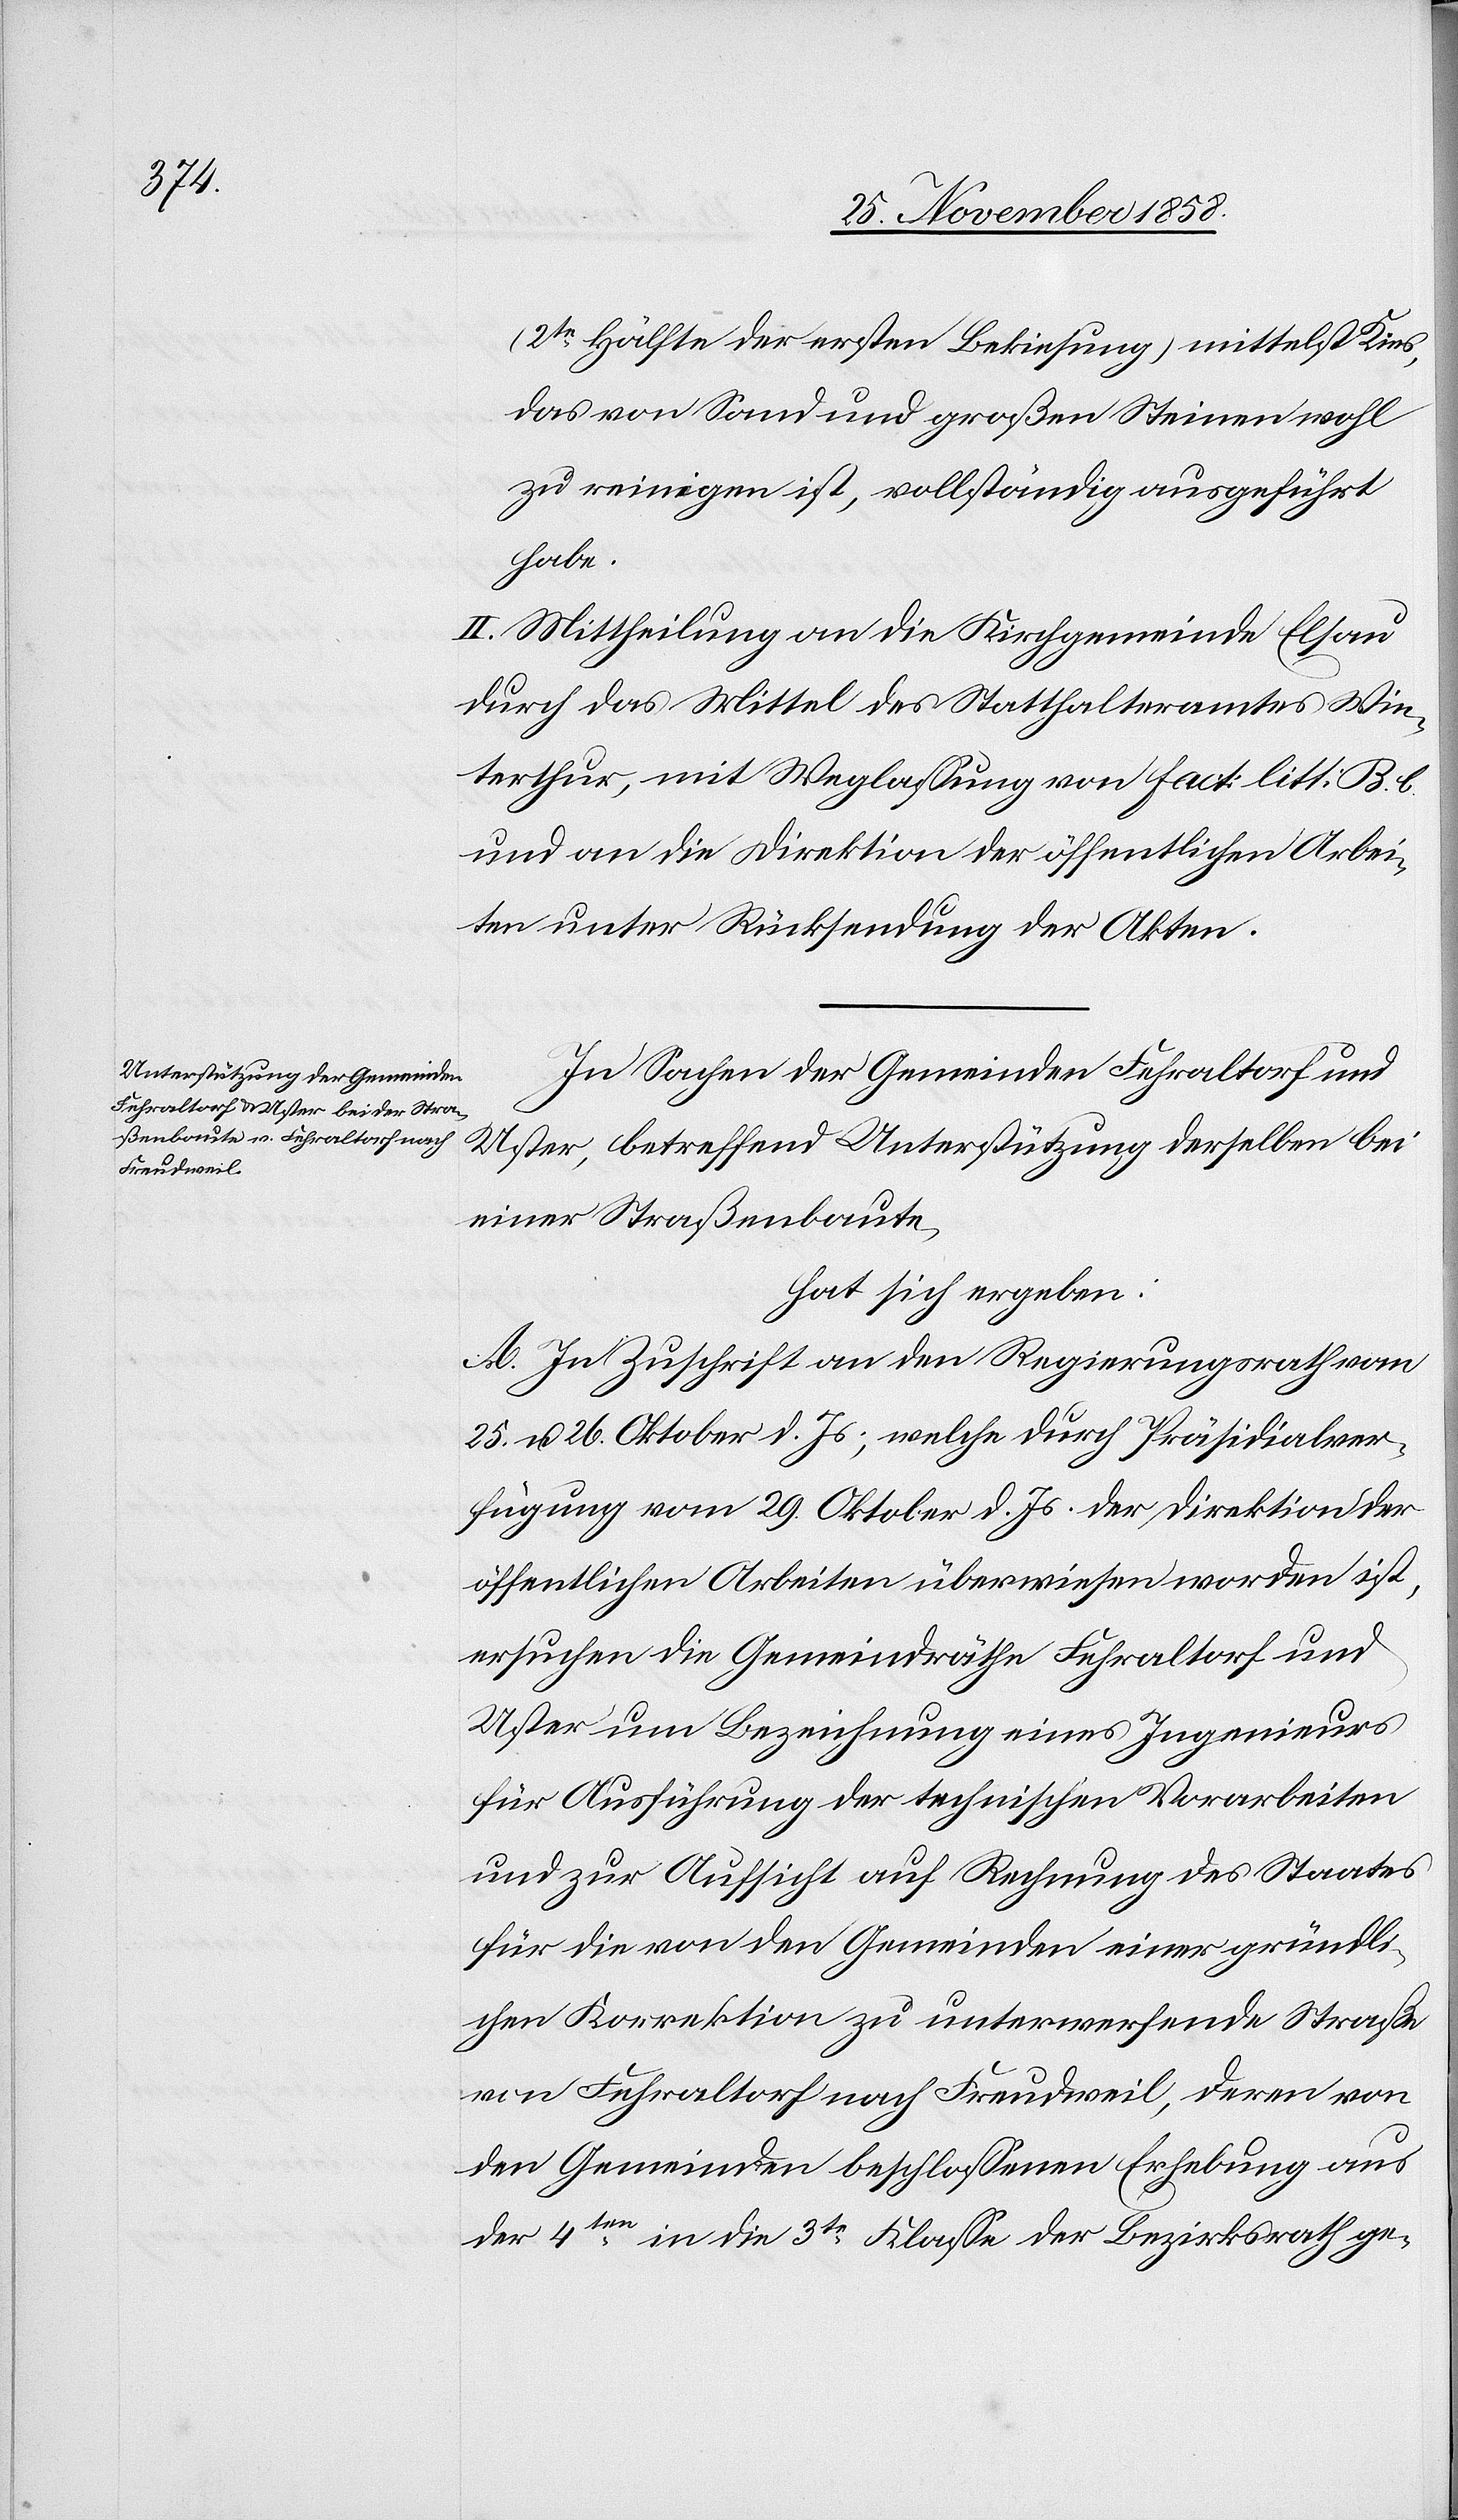
(2te Hälfte der ersten Bekiesung) mittelst Kies,
das von Sand und großen Steinen wohl
zu reinigen ist, vollständig ausgeführt
habe.
II. Mittheilung an die Kirchgemeinde Elsau
durch das Mittel des Statthalteramtes Win¬
terthur, mit Weglassung von Fact: litt: B. b.
und an die Direktion der öffentlichen Arbei¬
ten unter Rücksendung der Akten.
In Sachen der Gemeinden Fehraltorf und
Uster, betreffend Unterstützung derselben bei
einer Straßenbaute,
hat sich ergeben:
A. In Zuschrift an den Regierungsrath vom
25. u. 26. Oktober d. Js., welche durch Präsidialver¬
fügung vom 29. Oktober d. Js. der Direktion der
öffentlichen Arbeiten überwiesen worden ist,
ersuchen die Gemeindräthe Fehraltorf und
Uster um Bezeichnung eines Ingenieurs
für Ausführung der technischen Vorarbeiten
und zur Aufsicht auf Rechnung des Staates
für die von den Gemeinden einer gründli¬
chen Korrektion zu unterwerfende Straße
von Fehraltorf nach Freudweil, deren von
den Gemeinden beschlossenen Erhebung aus
der 4ten in die 3te Klasse der Bezirksrath ge-